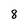
Character: 8